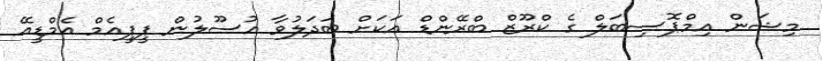
މިޝަން އިމްޕޮސިބަލް ގެ ކްރޫޒް ބްރޭންޑް އަކަށް ބަދަލުވާ އުސޫލުން ޕީޕީއެމް އެމްޑީއޭ